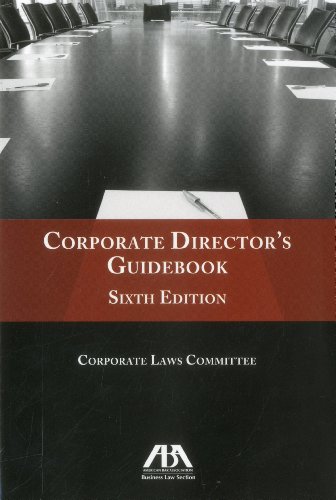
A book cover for Corporate Director's Guidebook; ABA Business Law Section Corporate Law Committee; Law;